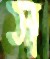
স